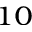
_ { 1 0 }